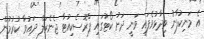
އެ މަނިކުފާނު ވިދާޅުވެފައި ވަނީ ދަށު ކޯޓުގައި ޕްރޮސެކިއުޓާ ޖެނެރަލް ދައުވާ ކުރުމުން